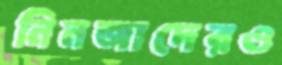
নিনজাদেরও